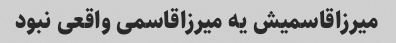
میرزاقاسمیش یه میرزاقاسمی واقعی نبود